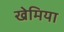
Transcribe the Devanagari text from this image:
खेमिया